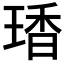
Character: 𤧘